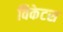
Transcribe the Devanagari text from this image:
विकेटस